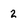
Character: 2